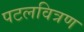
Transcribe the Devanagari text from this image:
पटलवित्रण